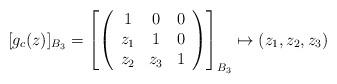
LaTeX: \begin{align*}[g_c(z)]_{B_3}=\left[\left(\begin{array}{ccc}1&0&0\\z_1&1&0\\z_2&z_3&1\\\end{array}\right)\right]_{B_3}\mapsto (z_1,z_2,z_3)\end{align*}